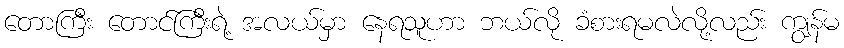
တောကြီး တောင်ကြီးရဲ့ အလယ်မှာ နေရသူဟာ ဘယ်လို ခံစားရမလဲလို့လည်း ကျွန်မ